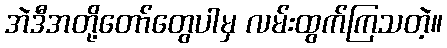
အဲဒီအတို့တော်တွေပါမှ လမ်းထွက်ကြသတဲ့။